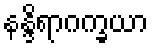
နန္ဒိရာဂက္ခယာ